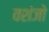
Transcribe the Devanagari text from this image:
वशंजो